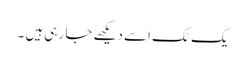
یک ٹک اسے دیکھے جا رہی ہیں ۔